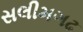
સલીમગઢ